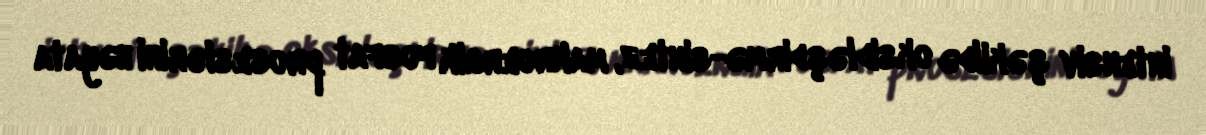
intensiv şəkildə oksidləşdirmə-sintez, makroergik fosfat proseslərini həyata